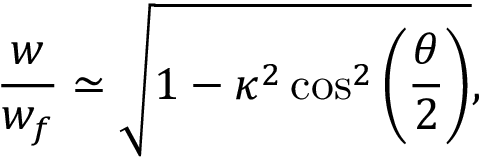
\frac { w } { w _ { f } } \simeq \sqrt { 1 - \kappa ^ { 2 } \cos ^ { 2 } \left( \frac { \theta } { 2 } \right) } ,